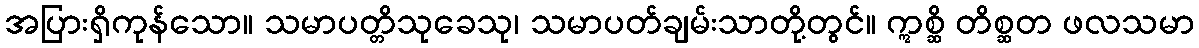
အပြားရှိကုန်သော။ သမာပတ္တိသုခေသု၊ သမာပတ်ချမ်းသာတို့တွင်။ ဣစ္ဆိ တိစ္ဆတ ဖလသမာ